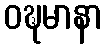
ဝဍ္ဎမာနာ